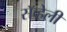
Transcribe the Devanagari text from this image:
सॅव्हेली